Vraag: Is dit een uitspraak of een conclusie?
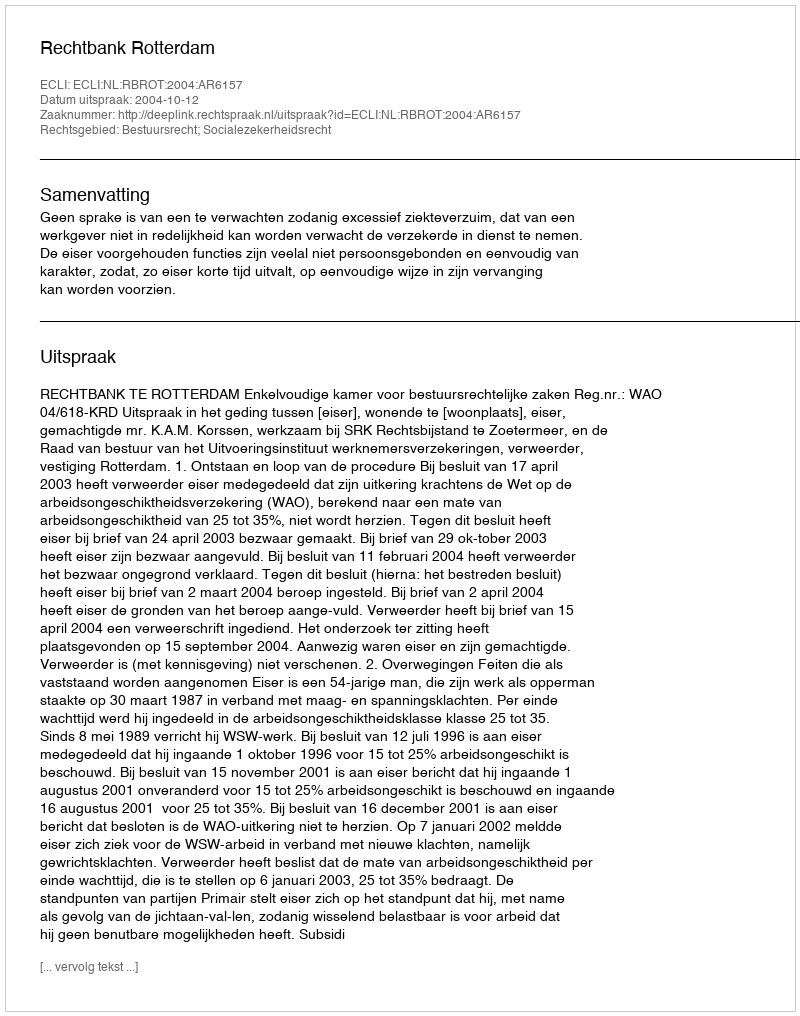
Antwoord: Uitspraak